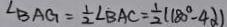
\angle B A G = \frac { 1 } { 2 } \angle B A C = \frac { 1 } { 2 } ( 1 8 0 ^ { \circ } - 4 \alpha )